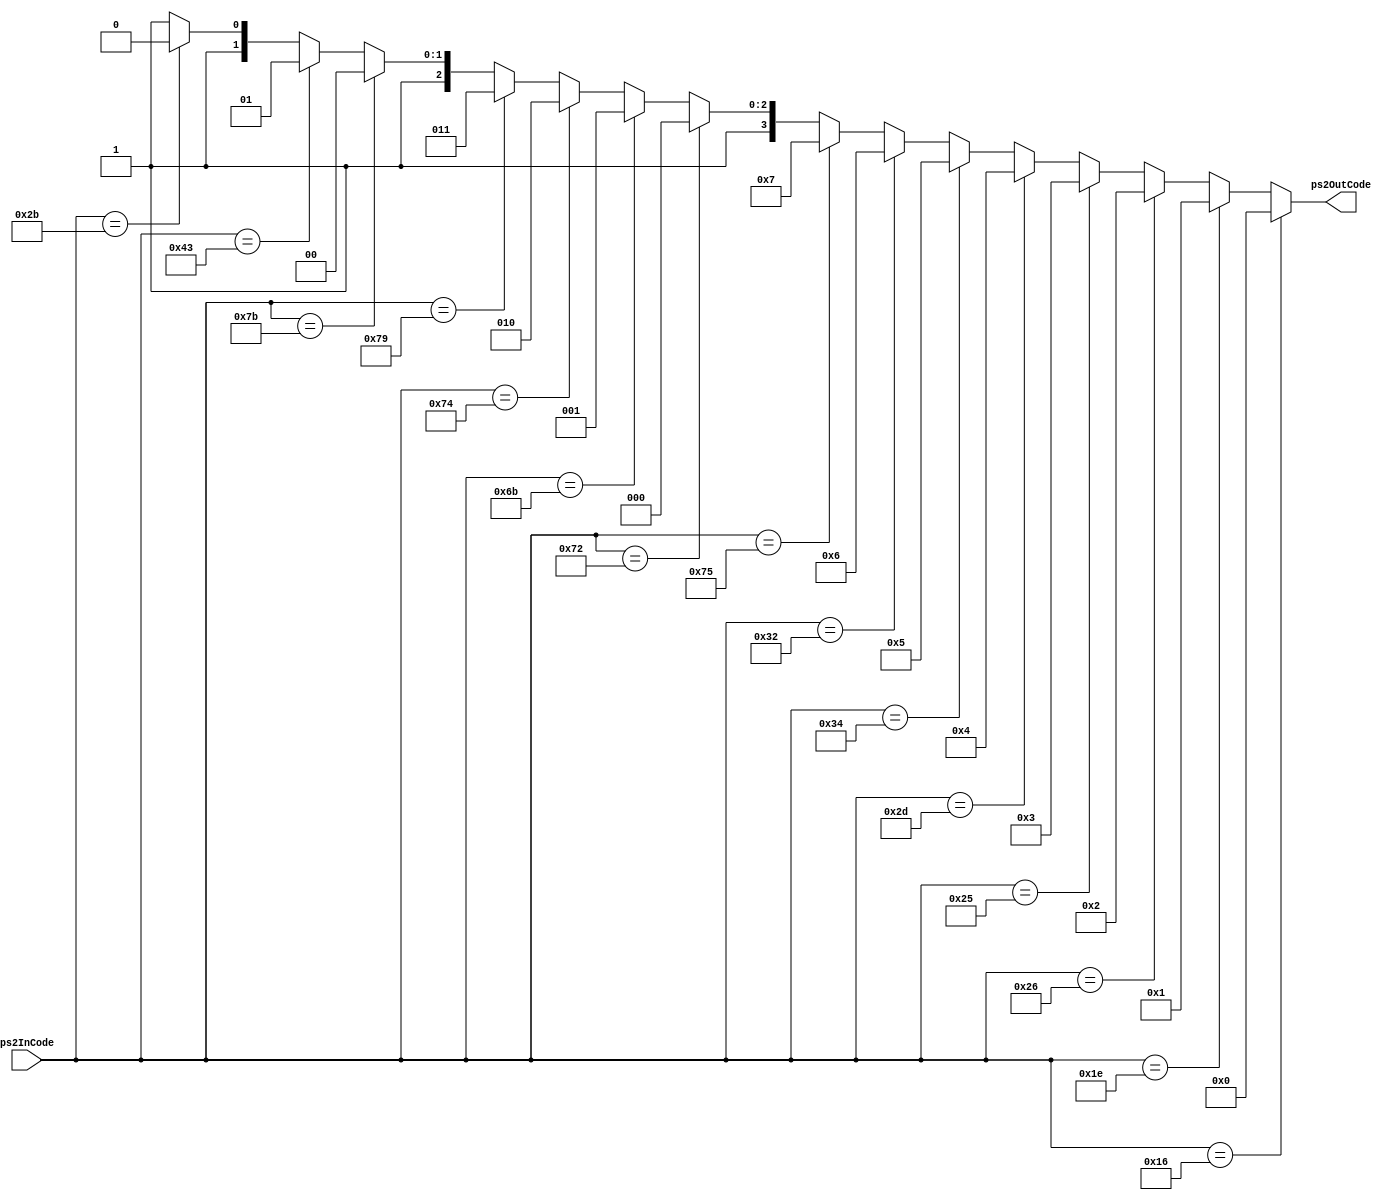
/*----- Module Overview -----------------------------------------*
*                                                                *
*                        _______________                         *
*                                                                *
*                       |               |                        * 
*  ps2InCode  --/08-->  |   ps2Decode   |  --/04-->  ps2OutCode  *
*                       |               |                        * 
*                        _______________                         *
*                                                                *
*----------------------------------------------------------------*/

module ps2Decode ( ps2InCode, ps2OutCode  );

  input     [7:0]    ps2InCode;
  output    [3:0]    ps2OutCode;

  assign  ps2OutCode  = ( ps2InCode == 8'h16 ) ? 4'h0 :          /* 1 */
                        ( ps2InCode == 8'h1E ) ? 4'h1 :          /* 2 */
                        ( ps2InCode == 8'h26 ) ? 4'h2 :          /* 3 */
                        ( ps2InCode == 8'h25 ) ? 4'h3 :          /* 4 */
                        ( ps2InCode == 8'h2D ) ? 4'h4 :          /* R */
                        ( ps2InCode == 8'h34 ) ? 4'h5 :          /* G */
                        ( ps2InCode == 8'h32 ) ? 4'h6 :          /* B */
                        ( ps2InCode == 8'h75 ) ? 4'h7 :          /* Up */
                        ( ps2InCode == 8'h72 ) ? 4'h8 :          /* Down */
                        ( ps2InCode == 8'h6B ) ? 4'h9 :          /* Left */
                        ( ps2InCode == 8'h74 ) ? 4'hA :          /* Right */
                        ( ps2InCode == 8'h79 ) ? 4'hB :          /* + */
                        ( ps2InCode == 8'h7B ) ? 4'hC :          /* - */
                        ( ps2InCode == 8'h43 ) ? 4'hD :          /* I */ 
                        ( ps2InCode == 8'h2B ) ? 4'hE : 4'hF;    /* F / Don't Care */ 
                        
endmodule